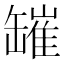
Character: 𦉎